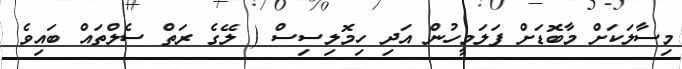
މިސާލަކަށް މާބޮޑަށް ފަލަމީހުން އަދި ހިމޮލިސިސް ( ލޭގެ ރަތް ސެލްތައް ބައިވެ